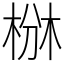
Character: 椕